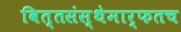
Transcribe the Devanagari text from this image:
वित्तसंस्थेमार्फतच